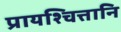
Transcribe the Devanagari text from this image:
प्रायश्चित्तानि